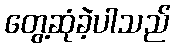
တွေ့ဆုံခဲ့ပါသည်